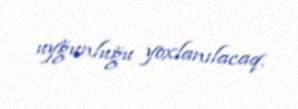
uyğunluğu yoxlanılacaq.